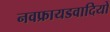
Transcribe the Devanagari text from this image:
नवफ्रायडवादियों